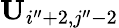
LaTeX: \mathbf{U}_{i^{\prime\prime}+2,j^{\prime\prime}-2}